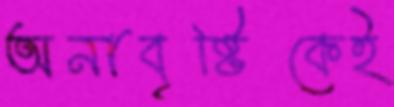
অনাবৃষ্টিকেই